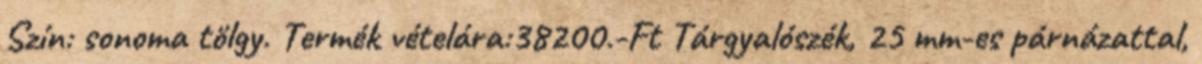
Szín: sonoma tölgy. Termék vételára:38200.-Ft Tárgyalószék, 25 mm-es párnázattal,